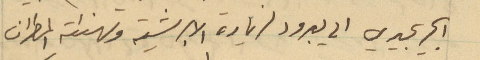
%% الى يبرود لزيارة الابشرية وتهنئة المطران